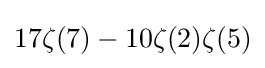
17\zeta (7)-10\zeta (2)\zeta (5)